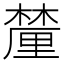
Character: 𨤳